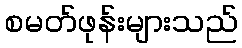
စမတ်ဖုန်းများသည်